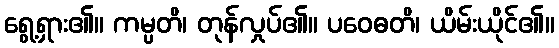
ရွေ့ရှား၏။ ကမ္ပတိ၊ တုန်လှုပ်၏။ ပဝေဓတိ၊ ယိမ်းယိုင်၏။